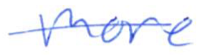
Text: more
Cross-out: single-line
Writing tool: ballpoint